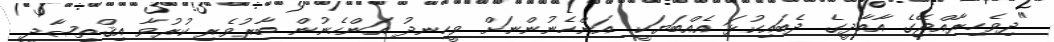
"ދިވެހިރާއްޖޭގެ އާބާދީގެ ދެބައިކުޅަ އެއްބަޔަކީ އަންހެނުންނަށް ވީހިނދު އަންހެނުން ބާރުވެރި ކުރުވާ އިޤްތިޞާދީ